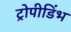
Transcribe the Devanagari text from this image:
ट्रोपीडिंभ